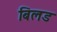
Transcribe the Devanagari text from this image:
बिलड